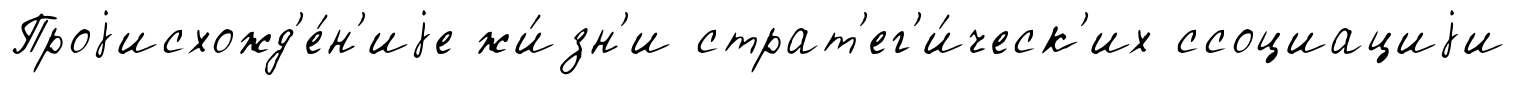
Проjисхожд'е́н'иjе жи́зн'и страт'ег'и́ческ'их ссоциациjи